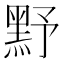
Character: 𪐧